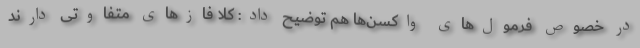
در خصوص فرمول‌های واکسن‌ها هم توضیح داد: کلا فازهای متفاوتی دارند